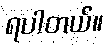
ရပါတယ်။